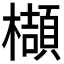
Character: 𬅁